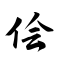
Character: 侩